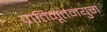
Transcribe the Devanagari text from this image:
प्रातिनूतनयुग